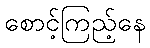
စောင့်ကြည့်နေ